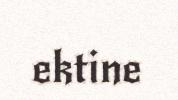
ektine